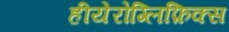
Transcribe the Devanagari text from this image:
हीयेरोग्लिफ़िक्स